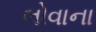
લોવાના